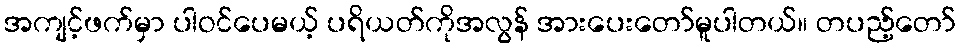
အကျင့်ဖက်မှာ ပါဝင်ပေမယ့် ပရိယတ်ကိုအလွန် အားပေးတော်မူပါတယ်။ တပည့်တော်